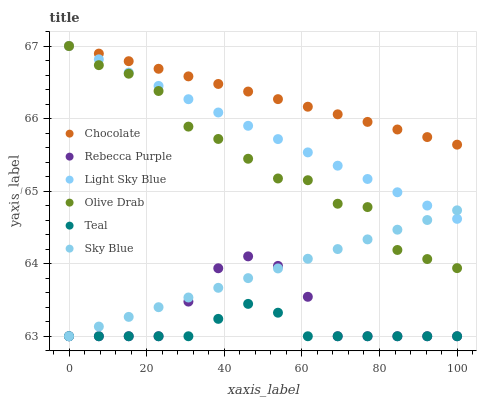
| xaxis_label | Chocolate | Rebecca Purple | Light Sky Blue | Olive Drab | Teal | Sky Blue |
 | --- | --- | --- | --- | --- | --- | --- |
 | 0 | 67 | 63 | 67 | 67 | 63 | 63 |
 | 7.69 | 66.9 | 63 | 66.8 | 66.7 | 63 | 63.1 |
 | 15.4 | 66.8 | 63 | 66.6 | 66.6 | 63 | 63.3 |
 | 23.1 | 66.7 | 63 | 66.5 | 66.4 | 63 | 63.4 |
 | 30.8 | 66.6 | 63.5 | 66.3 | 65.9 | 63 | 63.5 |
 | 38.5 | 66.5 | 63.9 | 66.1 | 65.7 | 63.2 | 63.7 |
 | 46.2 | 66.4 | 64.1 | 65.9 | 65.4 | 63.4 | 63.8 |
 | 53.8 | 66.3 | 64 | 65.7 | 65.2 | 63.3 | 63.9 |
 | 61.5 | 66.2 | 63.5 | 65.5 | 65.2 | 63 | 64.1 |
 | 69.2 | 66.1 | 63 | 65.4 | 64.8 | 63 | 64.2 |
 | 76.9 | 66 | 63 | 65.2 | 64.8 | 63 | 64.3 |
 | 84.6 | 65.8 | 63 | 65 | 64.2 | 63 | 64.5 |
 | 92.3 | 65.7 | 63 | 64.8 | 64.1 | 63 | 64.6 |
 | 100 | 65.6 | 63 | 64.6 | 63.9 | 63 | 64.7 |